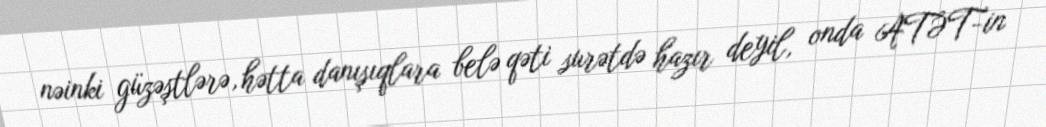
nəinki güzəştlərə, hətta danışıqlara belə qəti surətdə hazır deyil, onda ATƏT-in